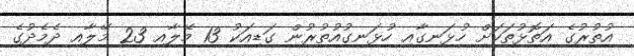
އުތުރުގެ އަތޮޅުތަކަށް ހުޅަނގާއި ހުޅަނގުއުތުރުން ގަޑިއަކު 13 މޭލާއި 23 މޭލާއި ދެމެދުގެ